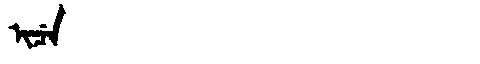
Manchu: ᡳᠴᡝ
Romanization: ICE